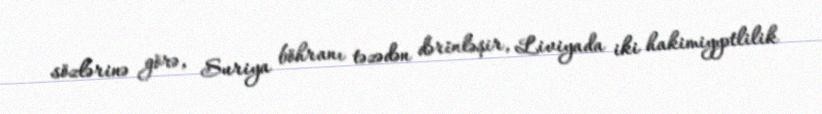
sözlərinə görə, Suriya böhranı təzədən dərinləşir, Liviyada iki hakimiyyətlilik